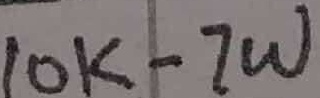
Text: 10K-7W